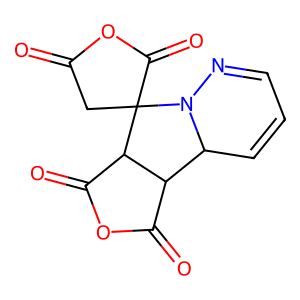
SMILES: O=C1CC2(C(=O)O1)C1C(=O)OC(=O)C1C1C=CC=NN12
Inhibits HIV replication: No